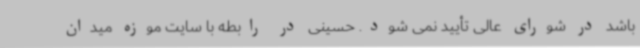
باشد در شورای عالی تأیید نمی شود. حسینی در رابطه با سایت موزه میدان